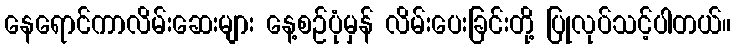
နေရောင်ကာလိမ်းဆေးများ နေ့စဉ်ပုံမှန် လိမ်းပေးခြင်းတို့ ပြုလုပ်သင့်ပါတယ်။